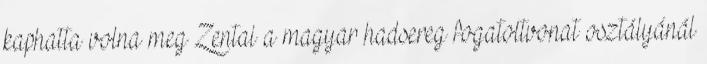
kaphatta volna meg Zentai a magyar hadsereg fogatoltvonat osztályánál